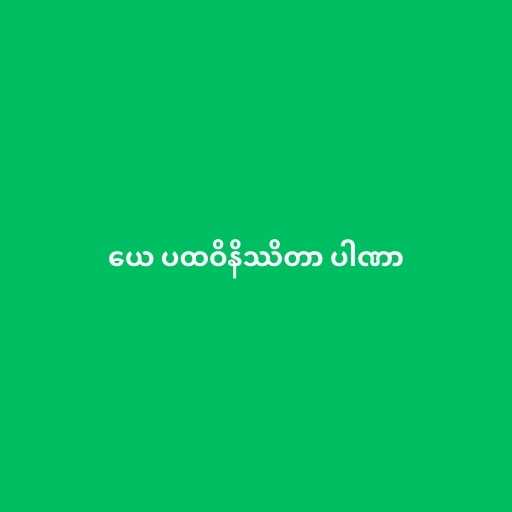
ယေ ပထဝိနိဿိတာ ပါဏာ